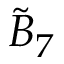
{ \tilde { B } } _ { 7 }